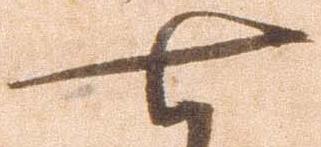
七